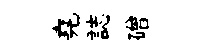
堯誌磳